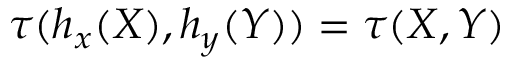
\tau ( h _ { x } ( X ) , h _ { y } ( Y ) ) = \tau ( X , Y )